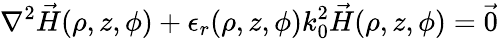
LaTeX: \nabla^{2}\vec{H}(\rho,z,\phi)+\epsilon_{r}(\rho,z,\phi)k_{0}^{2}\vec{H}(\rho,z,\phi)={\vec{0}}